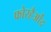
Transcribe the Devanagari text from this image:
फोरहैओंद